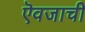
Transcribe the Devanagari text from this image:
ऎवजाची